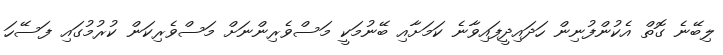
ލިބޭނެ ގޮތް އެކުންފުނިން ހަދައިދީފައިވާނެ ކަމަށާއި ބޭނުމަކީ މަސްވެރިންނަށް މަސްވެރިކަން ކުރުމުގައި ފަސޭހަ